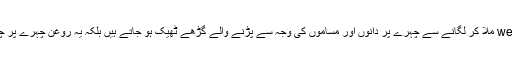
7-روغن زیتون اور روغن کدو ہم weight ملا کر لگانے سے چہرے پر دانوں اور مساموں کی وجہ سے پڑنے والے گڑھے ٹھیک ہو جاتے ہیں بلکہ یہ روغن چہرے پر چیچک کے داغوں کو بھی دور کرتا ہے۔